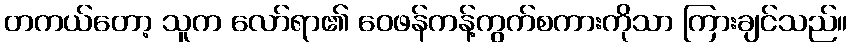
တကယ်တော့ သူက လော်ရာ၏ ဝေဖန်ကန့်ကွက်စကားကိုသာ ကြားချင်သည်။